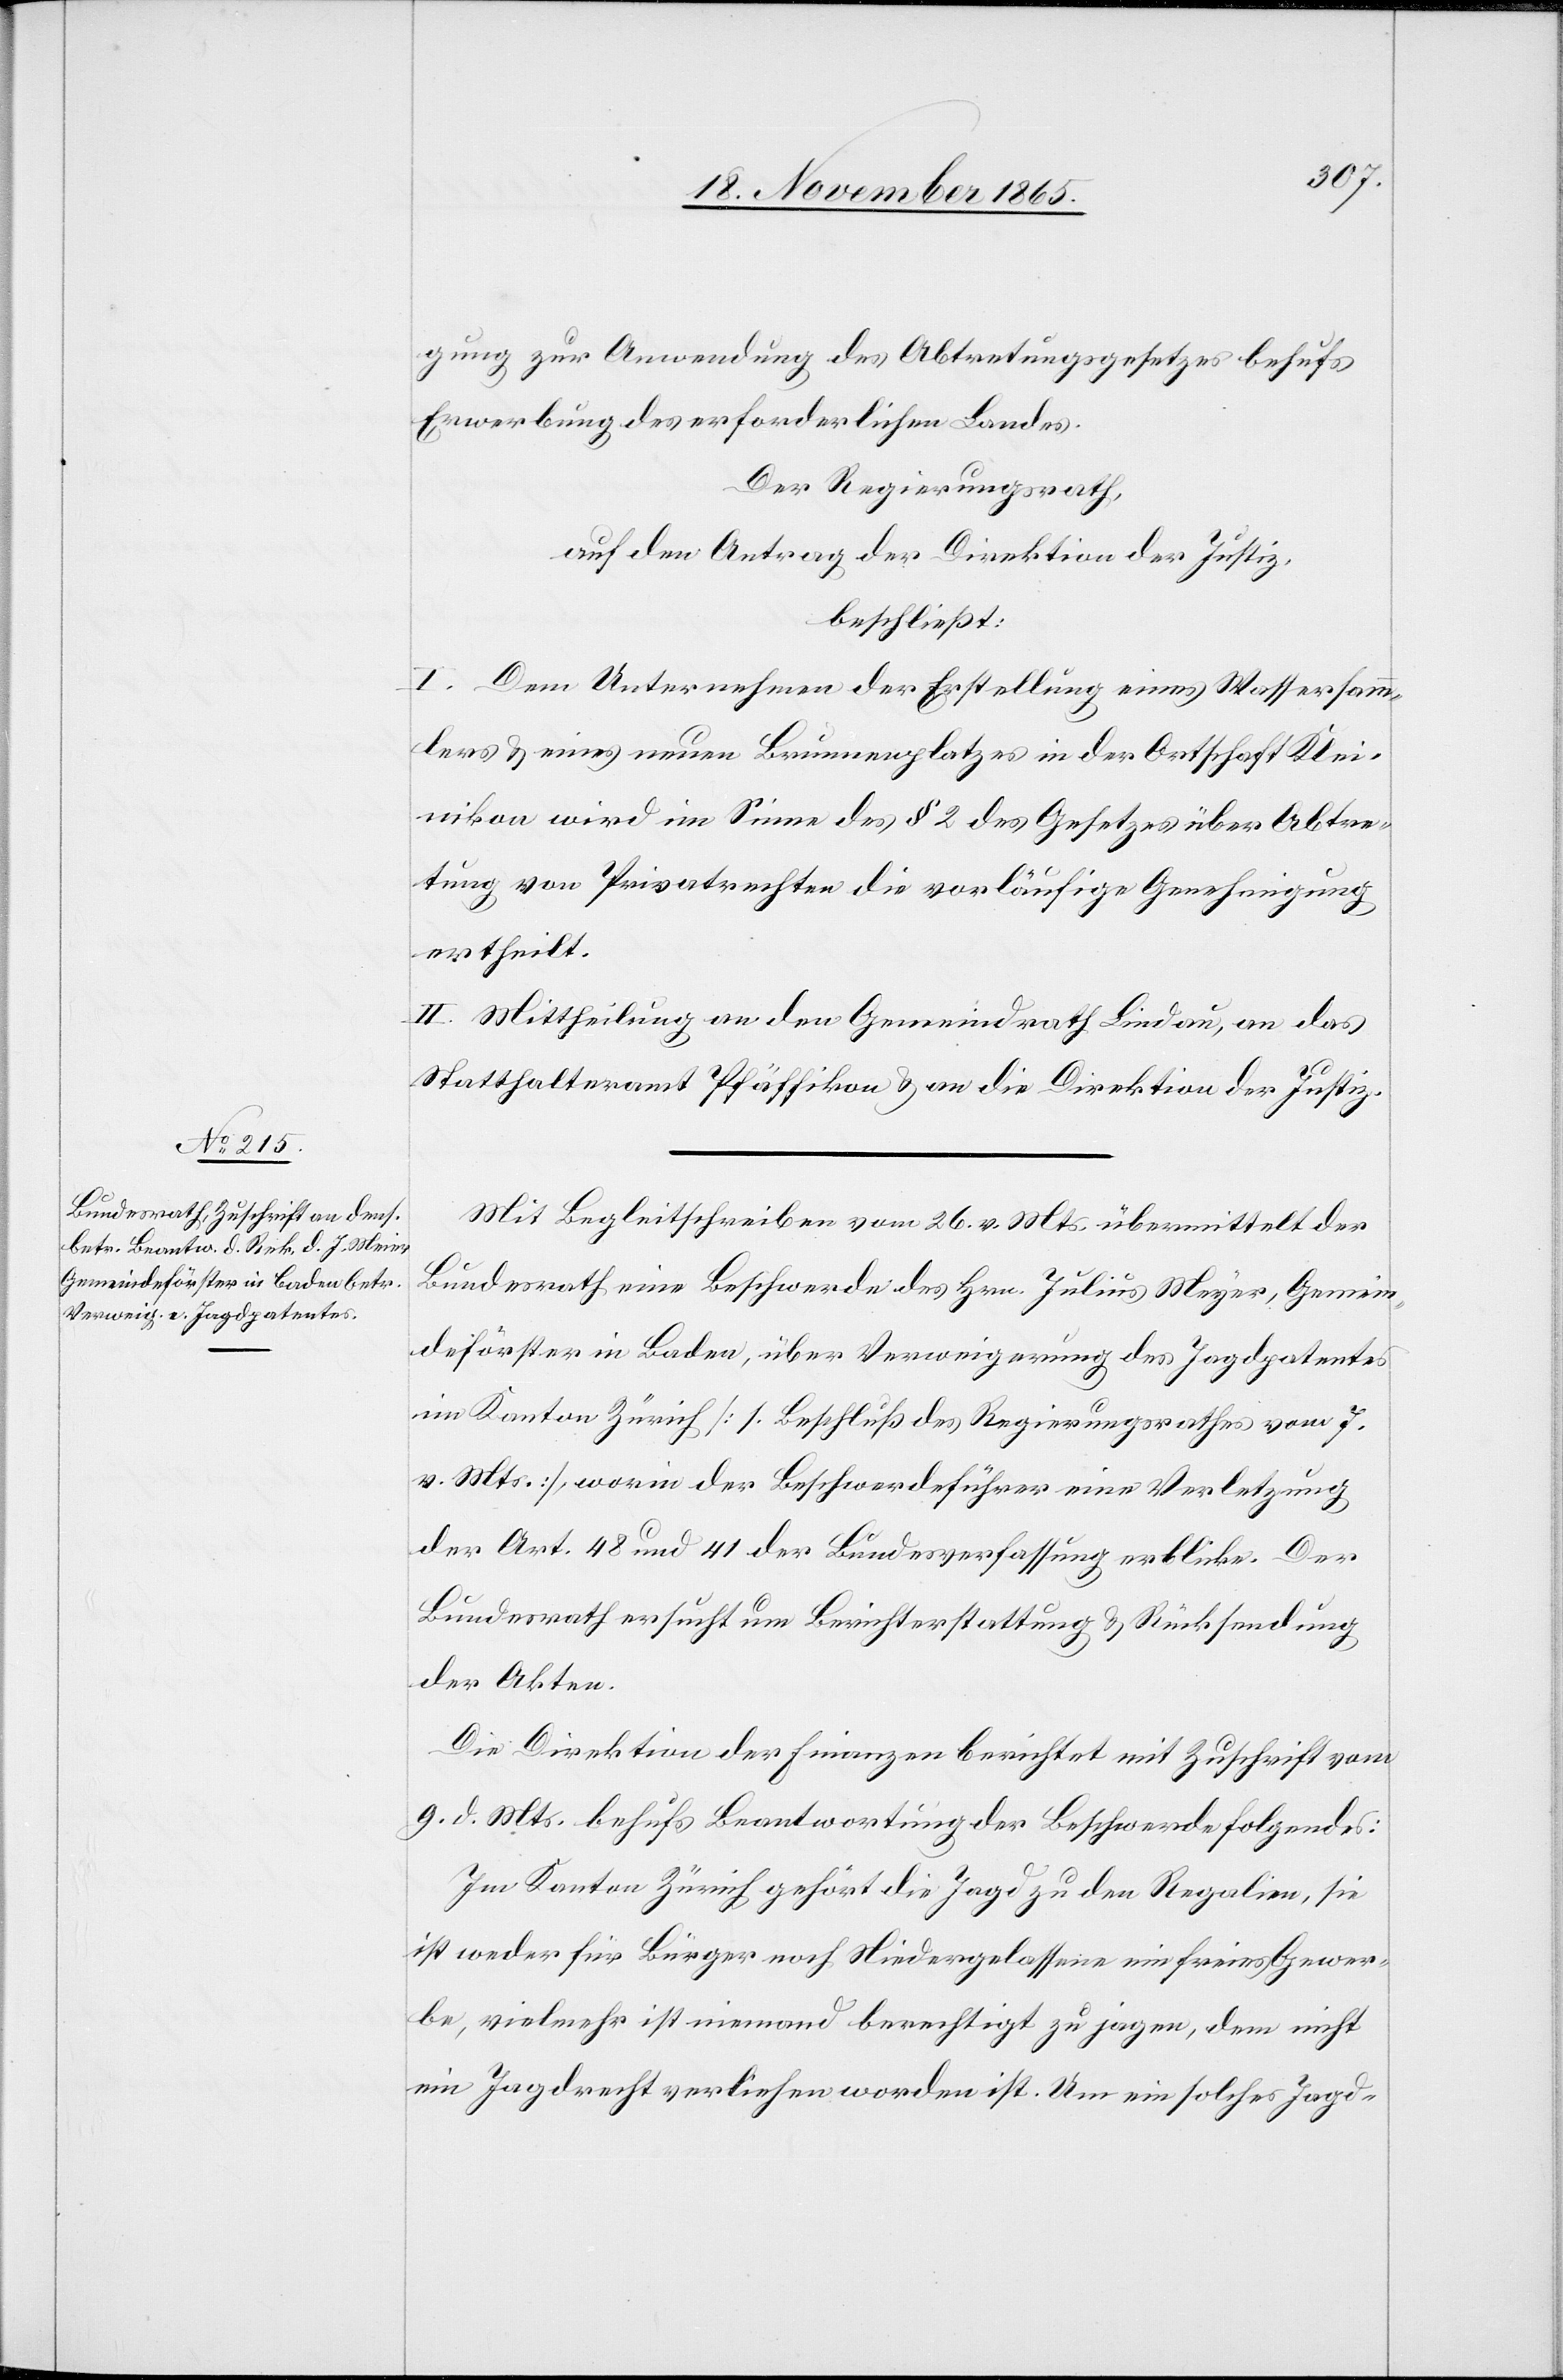
gung zur Anwendung des Abtretungsgesetzes behufs
Erwerbung des erforderlichen Landes.
Der Regierungsrath,
auf den Antrag der Direktion der Justiz,
beschließt:
I. Dem Unternehmen der Erstellung eines Wassersamm¬
lers & eines neuen Brunnenplatzes in der Ortschaft Klei¬
nikon wird im Sinne des § 2 des Gesetzes über Abtre¬
tung von Privatrechten die vorläufige Genehmigung
ertheilt.
II. Mittheilung an den Gemeindrath Lindau, an das
Statthalteramt Pfäffikon & an die Direktion der Justiz.